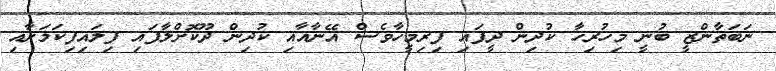
ނަބަތާންޒީ ބުނީ މިހުރިހާ ކުދިން ދީފައި ފިރިމީހާވެސް އޭނާއާއި ކުދިން ދޫކޮށްލާފައި ފިލައިފިކަމަށާއި